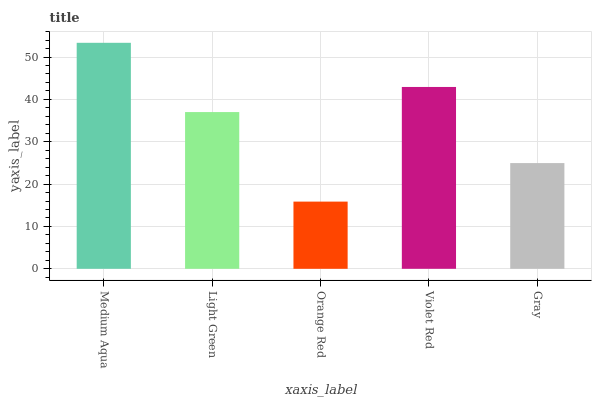
| xaxis_label | bars |
 | --- | --- |
 | Medium Aqua | 53.4 |
 | Light Green | 37 |
 | Orange Red | 15.9 |
 | Violet Red | 42.9 |
 | Gray | 25 |